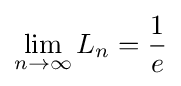
\lim _{n\to \infty }L_{n}={\frac {1}{e}}